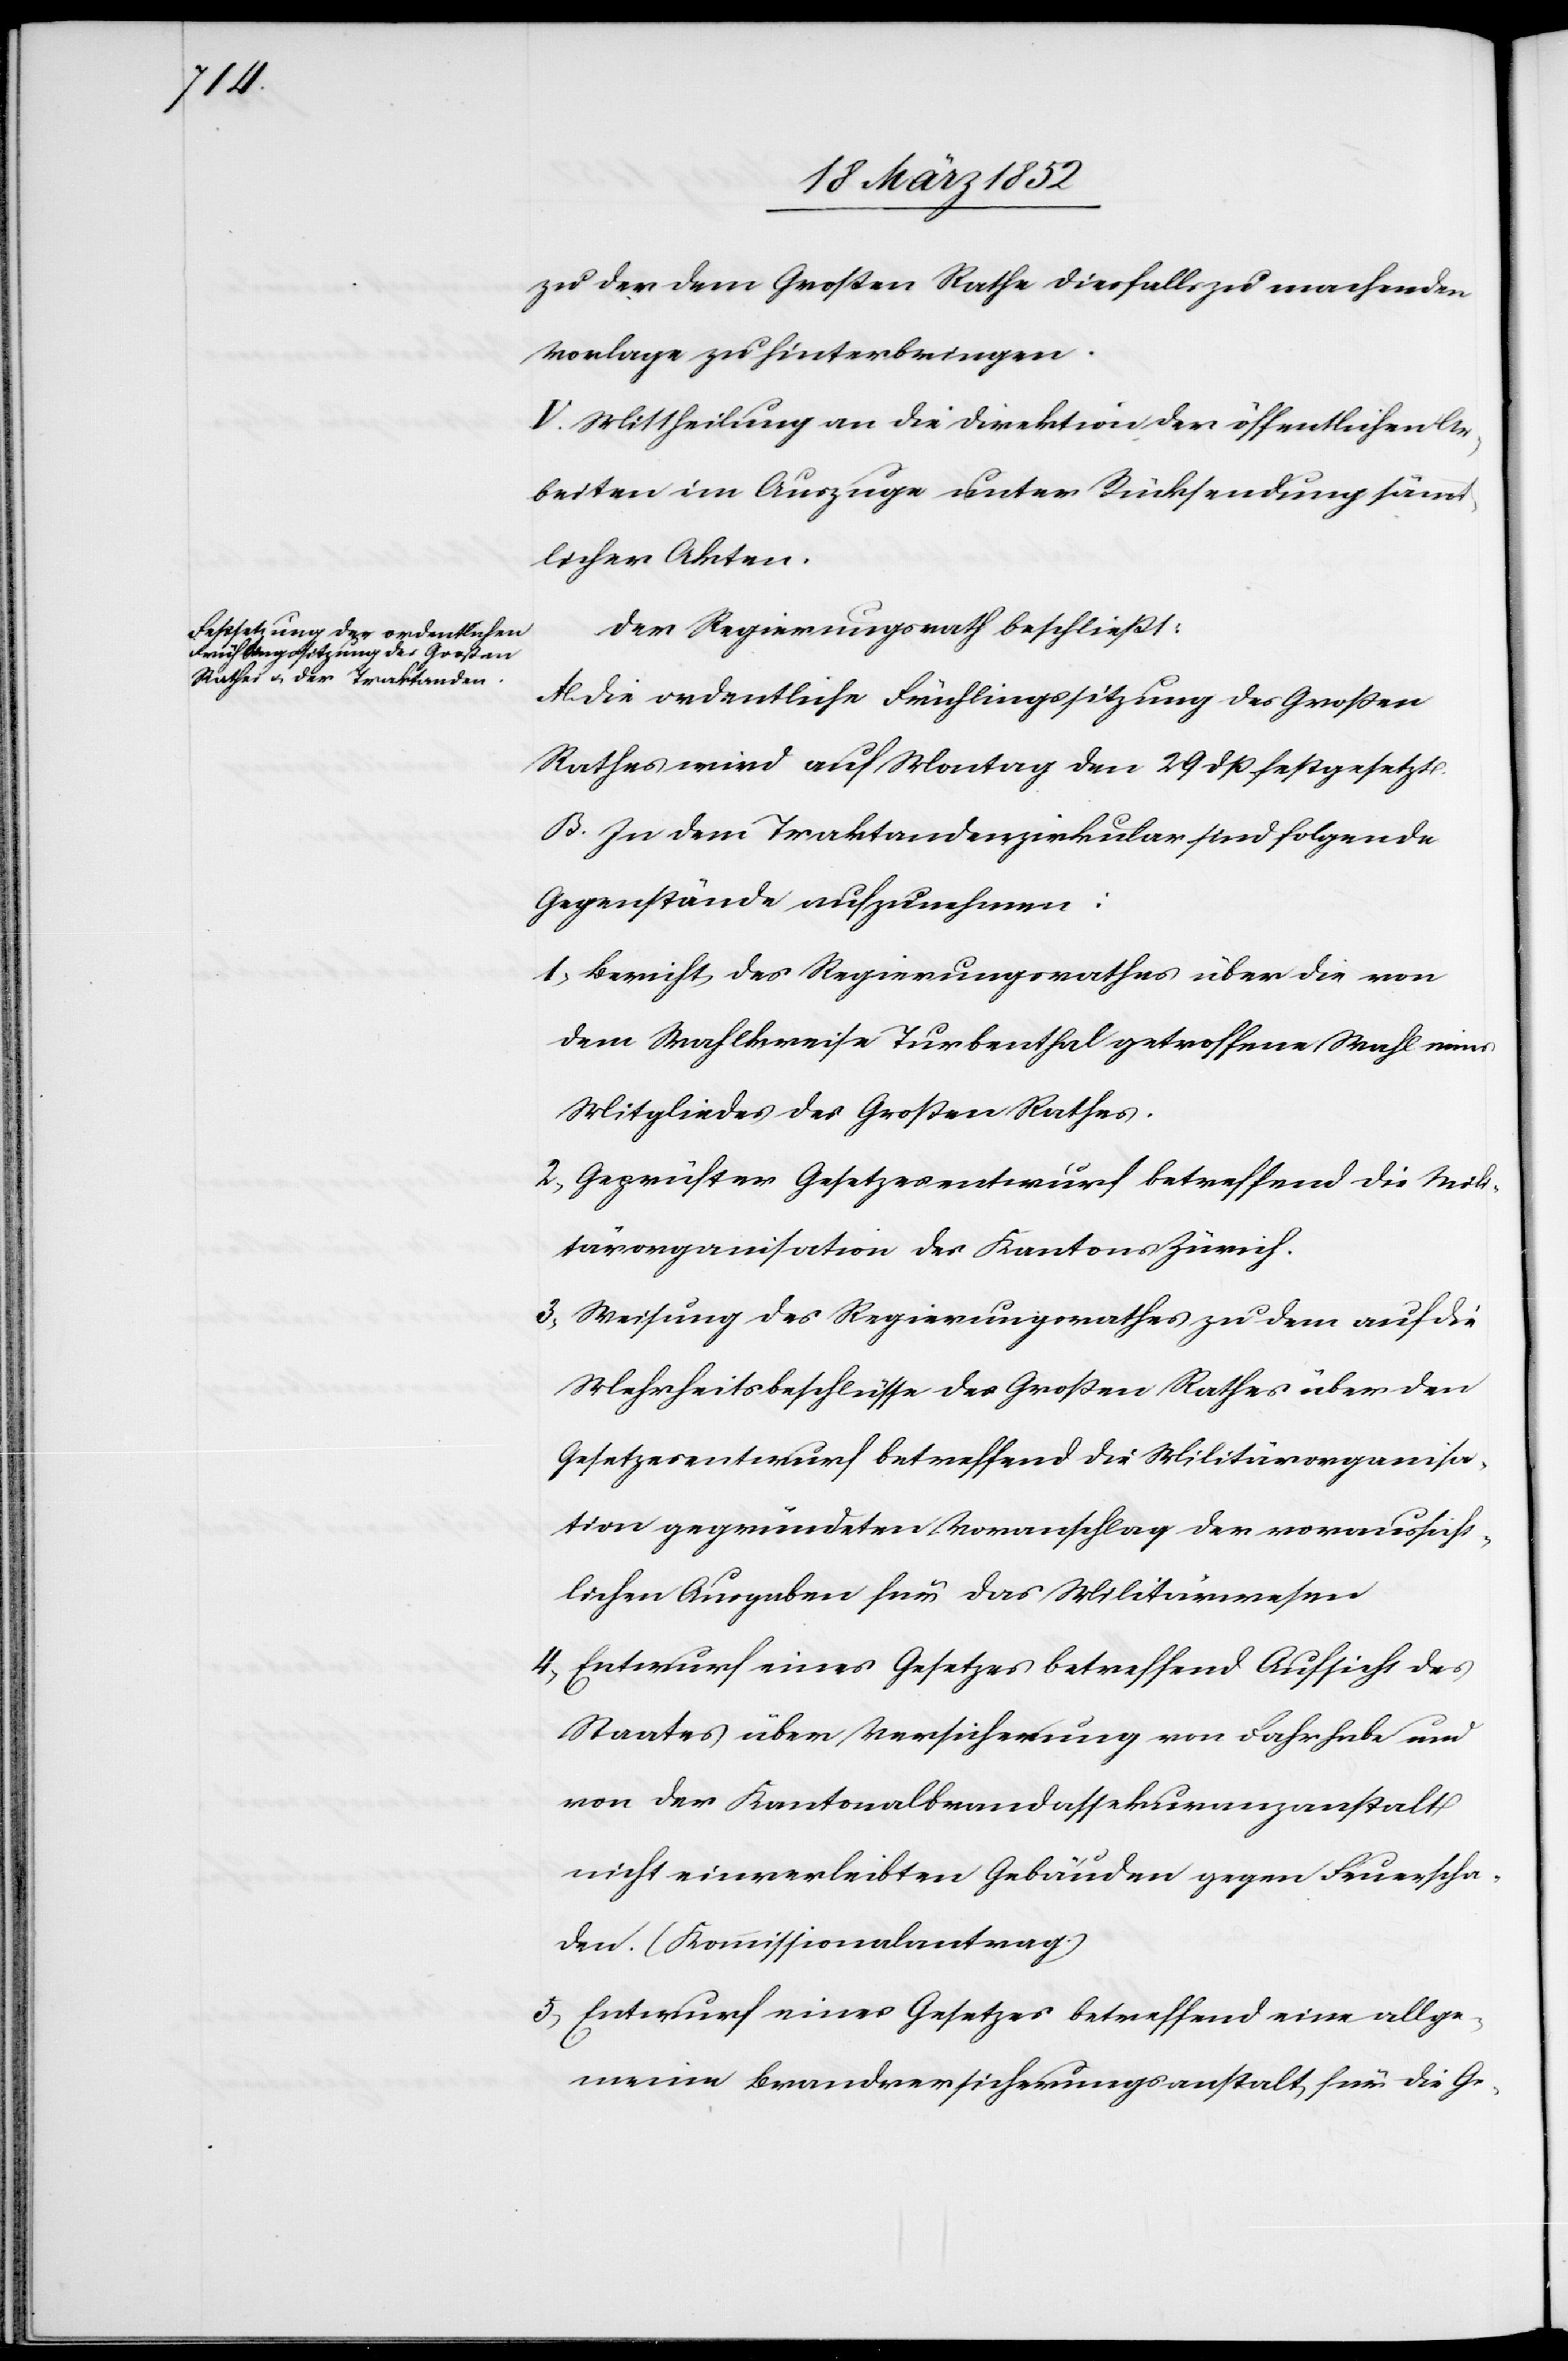
zu der dem Großen Rathe diesfalls zu machenden
Vorlage zu hinterbringen.
V. Mittheilung an die Direktion der öffentlichen Ar¬
beiten im Auszuge unter Rücksendung sämmt¬
licher Akten.
Der Regierungsrath beschließt:
A. Die ordentliche Frühlingssitzung des Großen
Rathes wird auf Montag den 29 dß festgesetzt.
B. In dem Traktandenzirkular sind folgende
Gegenstände aufzunehmen:
1) Bericht des Regierungsrathes über die von
dem Wahlkreise Turbenthal getroffene Wahl eines
Mitgliedes des Großen Rathes.
2) Geprüfter Gesetzesentwurf betreffend die Mili¬
tärorganisation des Kantons Zürich.
3) Weisung des Regierungsrathes zu dem auf die
Mehrheitsbeschlüsse des Großen Rathes über den
Gesetzesentwurf betreffend die Militärorganisa¬
tion gegründeten Voranschlag der voraussicht¬
lichen Ausgaben für das Militärwesen.
4) Entwurf eines Gesetzes betreffend Aufsicht des
Staates über die Versicherung von Fahrhabe und
von der Kantonalbrandassekuranzanstalt
nicht einverleibten Gebäuden gegen Feuerscha¬
den. (Kommissionalantrag)
5) Entwurf eines Gesetzes betreffend eine allge¬
meine Brandversicherungsanstalt für die Ge-